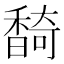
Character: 䭲